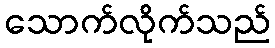
သောက်လိုက်သည်